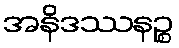
အနိဒဿနဉ္စ